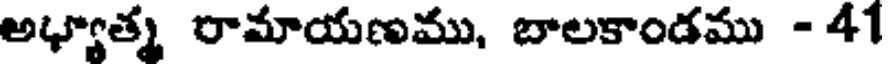
అధ్యాత్మ రామాయణము, బాలకాండము - 41